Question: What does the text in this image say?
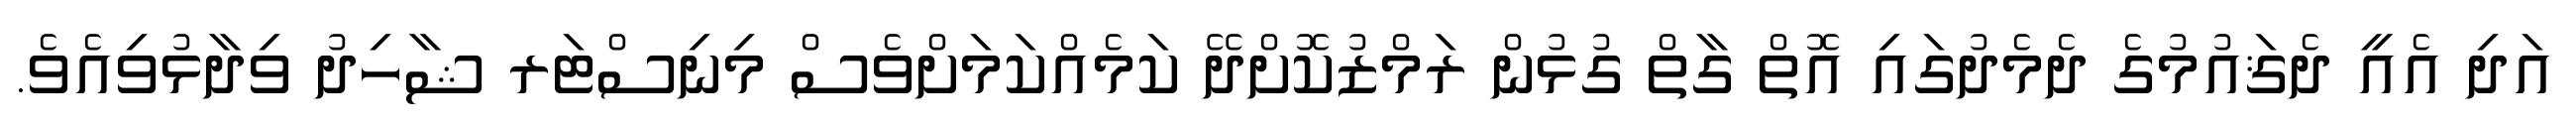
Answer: އަދި އެއީ ދެޤައުމުގެ ދެމެދުގައި އޮތް ގާތް ގުޅުން ރަމްޒުކޮށްދޭ ކަމެއްކަމަށްވެސް މިނިސްޓަރ ޝާހިދު ވިދާޅުވިއެވެ.